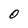
Character: 0